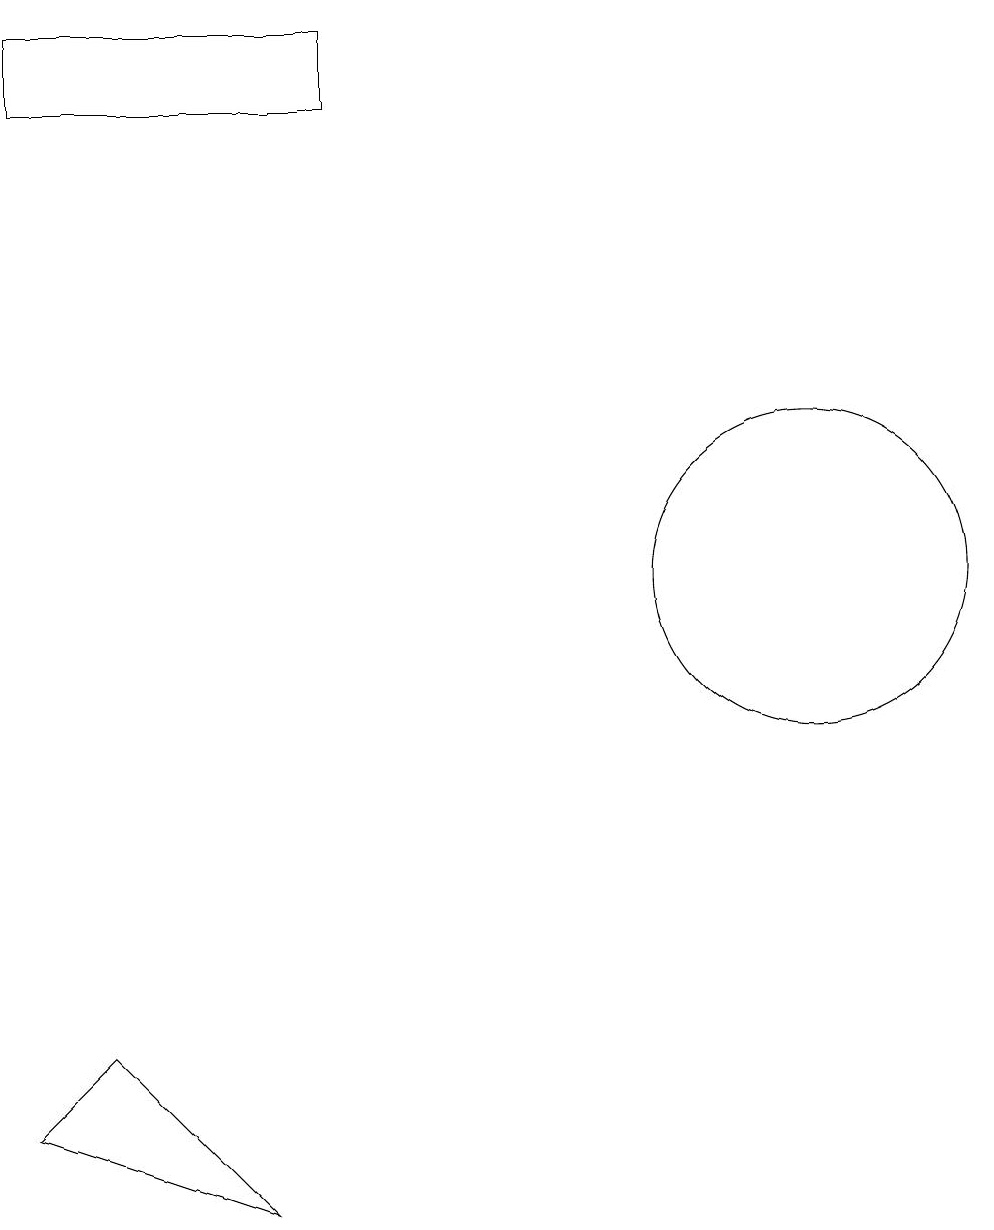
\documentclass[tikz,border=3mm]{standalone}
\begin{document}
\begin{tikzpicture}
\draw (0,3) -- (3,2) -- (1,4) -- cycle;
\draw (4,16) rectangle (0,17);
\draw (10,10) circle (2);
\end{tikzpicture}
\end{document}